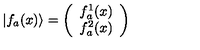
\vert f _ { a } ( x ) \rangle = \left( \begin{array} { c } { f _ { a } ^ { 1 } ( x ) } \\ { f _ { a } ^ { 2 } ( x ) } \\ \end{array} \right)